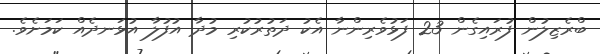
ބްރެޒިލުން ފުރައިގެން 23 ފަޅުވެރިންނާ އެކު ދަތުރުކުރި މުދާ އުފުލާ އުޅަނދެއް ކަމަށެވެ.